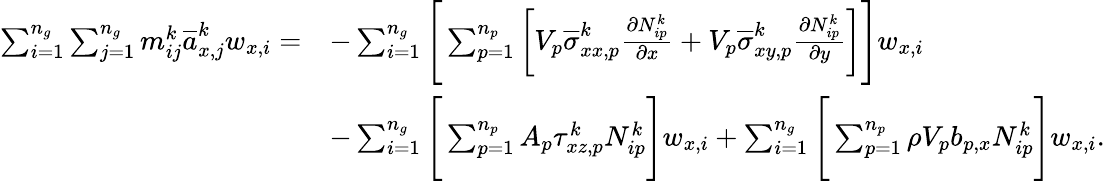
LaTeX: \begin{array}{rl}{\sum_{i=1}^{n_{g}}\sum_{j=1}^{n_{g}}m_{ij}^{k}\overline{{a}}_{x,j}^{k}w_{x,i}=}&{-\sum_{i=1}^{n_{g}}\Bigg[\sum_{p=1}^{n_{p}}\bigg[V_{p}\overline{{\sigma}}_{xx,p}^{k}\frac{\partial N_{ip}^{k}}{\partial x}+V_{p}\overline{{\sigma}}_{xy,p}^{k}\frac{\partial N_{ip}^{k}}{\partial y}\bigg]\Bigg]w_{x,i}}\\ &{-\sum_{i=1}^{n_{g}}\Bigg[\sum_{p=1}^{n_{p}}A_{p}\tau_{xz,p}^{k}N_{ip}^{k}\Bigg]w_{x,i}+\sum_{i=1}^{n_{g}}\Bigg[\sum_{p=1}^{n_{p}}\rho V_{p}b_{p,x}N_{ip}^{k}\Bigg]w_{x,i}.}\end{array}